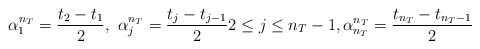
\begin{align*}\alpha_1^{n_T}=\frac{t_2-t_1}{2},~\alpha_j^{n_T}=\frac{t_j-t_{j-1}}{2}2\le j\le n_T-1,\alpha_{n_T}^{n_T}=\frac{t_{n_T}-t_{n_T-1}}{2}\end{align*}